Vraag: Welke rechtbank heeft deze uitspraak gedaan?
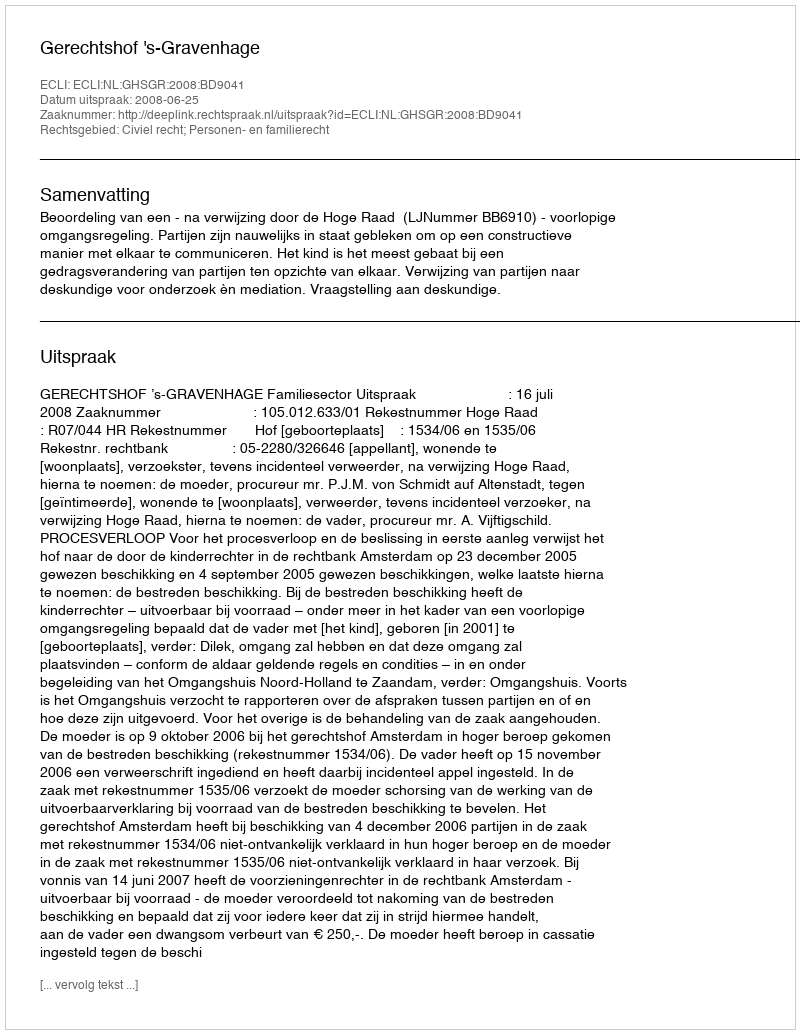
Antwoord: Gerechtshof 's-Gravenhage